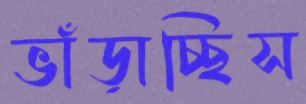
ভাঁড়াচ্ছিস